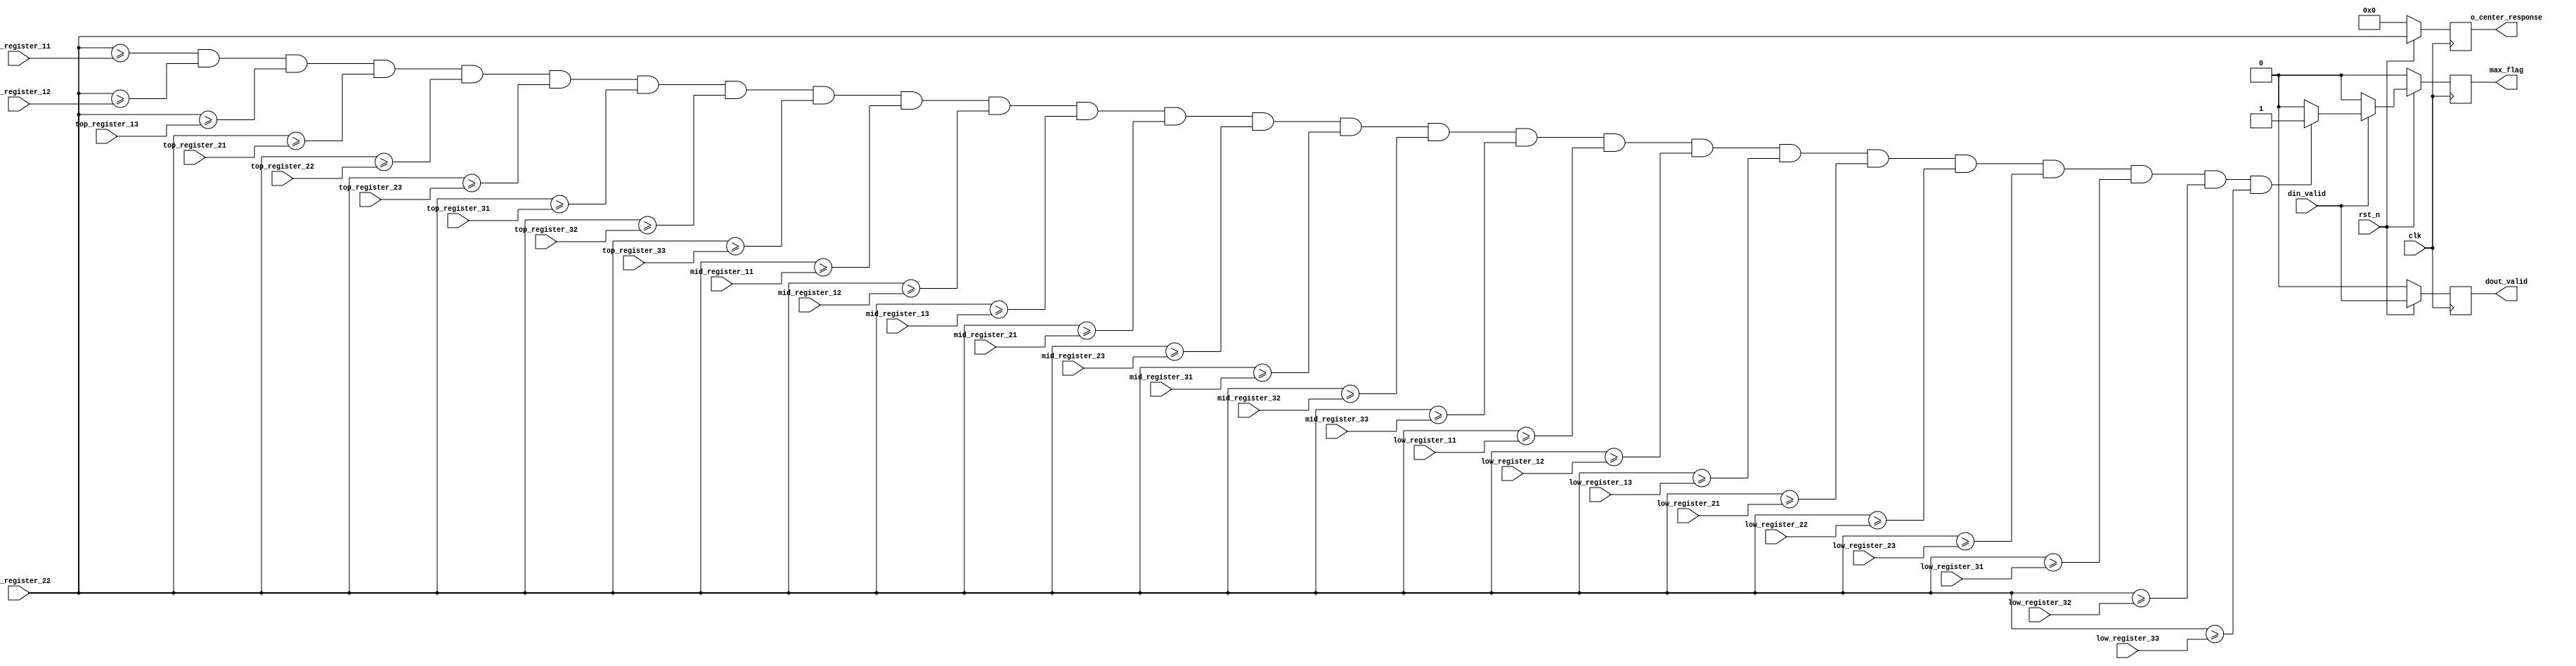
`timescale 1ns / 1ps
//////////////////////////////////////////////////////////////////////////////////
// Company: 
// Engineer: 
// 
// Design Name: 
// Module Name: compare
// Project Name: 
// Target Devices: 
// Tool Versions: 
// Description: 
// 
// Dependencies: 
// 
// Revision:
// Revision 0.01 - File Created
// Additional Comments:
// 
//////////////////////////////////////////////////////////////////////////////////


module 	compare #(parameter	DATA_WIDTH = 32)
		(
			input										clk,
			input										rst_n,
			input										din_valid,
			/************************************************* 
			*top_register_xxmid_register_xx
			*low_register_xx
			*************************************************/
			input	wire	signed	[DATA_WIDTH - 1:0]	top_register_11,
			input	wire	signed	[DATA_WIDTH - 1:0]	top_register_12,
			input	wire	signed	[DATA_WIDTH - 1:0]	top_register_13,
			input	wire	signed	[DATA_WIDTH - 1:0]	top_register_21,
			input	wire	signed	[DATA_WIDTH - 1:0]	top_register_22,
			input	wire	signed	[DATA_WIDTH - 1:0]	top_register_23,
			input	wire	signed	[DATA_WIDTH - 1:0]	top_register_31,
			input	wire	signed	[DATA_WIDTH - 1:0]	top_register_32,
			input	wire	signed	[DATA_WIDTH - 1:0]	top_register_33,
			input	wire	signed	[DATA_WIDTH - 1:0]	mid_register_11,
			input	wire	signed	[DATA_WIDTH - 1:0]	mid_register_12,
			input	wire	signed	[DATA_WIDTH - 1:0]	mid_register_13,
			input	wire	signed	[DATA_WIDTH - 1:0]	mid_register_21,
			input	wire	signed	[DATA_WIDTH - 1:0]	mid_register_22,
			input	wire	signed	[DATA_WIDTH - 1:0]	mid_register_23,
			input	wire	signed	[DATA_WIDTH - 1:0]	mid_register_31,
			input	wire	signed	[DATA_WIDTH - 1:0]	mid_register_32,
			input	wire	signed	[DATA_WIDTH - 1:0]	mid_register_33,
			input	wire	signed	[DATA_WIDTH - 1:0]	low_register_11,
			input	wire	signed	[DATA_WIDTH - 1:0]	low_register_12,
			input	wire	signed	[DATA_WIDTH - 1:0]	low_register_13,
			input	wire	signed	[DATA_WIDTH - 1:0]	low_register_21,
			input	wire	signed	[DATA_WIDTH - 1:0]	low_register_22,
			input	wire	signed	[DATA_WIDTH - 1:0]	low_register_23,
			input	wire	signed	[DATA_WIDTH - 1:0]	low_register_31,
			input	wire	signed	[DATA_WIDTH - 1:0]	low_register_32,
			input	wire	signed	[DATA_WIDTH - 1:0]	low_register_33,
			
			output	reg		signed	[DATA_WIDTH - 1:0]	o_center_response,
			output	reg									max_flag,    //
			output	reg									dout_valid
		);
		
		
		/***************************************************
		*mid_register_22818
		*
		***************************************************/
		always @(posedge clk)
			begin
				if(rst_n == 1'b0)
					begin
						o_center_response <= 'd0;
						max_flag <= 1'b0;
					end
				else if(din_valid == 1'b1)
					begin
						if((mid_register_22 >= top_register_11) &&
							(mid_register_22 >= top_register_12) &&
							(mid_register_22 >= top_register_13) &&
							(mid_register_22 >= top_register_21) &&
							(mid_register_22 >= top_register_22) &&
							(mid_register_22 >= top_register_23) &&
							(mid_register_22 >= top_register_31) &&
							(mid_register_22 >= top_register_32) &&
							(mid_register_22 >= top_register_33) &&
							(mid_register_22 >= mid_register_11) &&
							(mid_register_22 >= mid_register_12) &&
							(mid_register_22 >= mid_register_13) &&
							(mid_register_22 >= mid_register_21) &&
							(mid_register_22 >= mid_register_23) &&
							(mid_register_22 >= mid_register_31) &&
							(mid_register_22 >= mid_register_32) &&
							(mid_register_22 >= mid_register_33) &&
							(mid_register_22 >= low_register_11) &&
							(mid_register_22 >= low_register_12) &&
							(mid_register_22 >= low_register_13) &&
							(mid_register_22 >= low_register_21) &&
							(mid_register_22 >= low_register_22) &&
							(mid_register_22 >= low_register_23) &&
							(mid_register_22 >= low_register_31) &&
							(mid_register_22 >= low_register_32) &&
							(mid_register_22 >= low_register_33) )
						begin
							o_center_response <= mid_register_22;
							max_flag <= 1'b1;
						end
						else
						begin
							o_center_response <= mid_register_22;
							max_flag <= 1'b0;
						end
					end
				else
					begin
						o_center_response <= mid_register_22;
						max_flag <= 1'b0;
					end
			end
	
		/***************************************************
		*
		***************************************************/
		always@(posedge clk)
			begin
				if(rst_n == 1'b0)
					begin
						dout_valid <= 1'b0;
					end
				else
					begin
						dout_valid <= din_valid;
					end
			end
	
	
endmodule